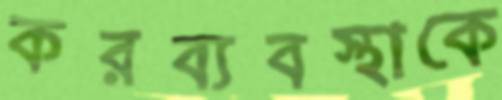
করব্যবস্থাকে